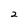
Character: 2